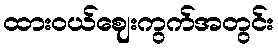
ထားဝယ်ဈေးကွက်အတွင်း